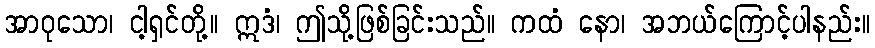
အာဝုသော၊ ငါ့ရှင်တို့။ ဣဒံ၊ ဤသို့ဖြစ်ခြင်းသည်။ ကထံ နော၊ အဘယ်ကြောင့်ပါနည်း။